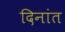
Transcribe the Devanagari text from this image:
दिनांत